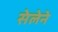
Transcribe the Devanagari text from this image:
सेलेने